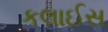
કલાઈસ